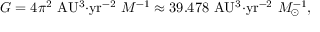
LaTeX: G = 4 \pi ^ { 2 } \mathrm { { \ A U ^ { 3 } { \cdot } y r ^ { - 2 } } } \ M ^ { - 1 } \approx 3 9 . 4 7 8 \mathrm { { \ A U ^ { 3 } { \cdot } y r ^ { - 2 } } } \ M _ { \odot } ^ { - 1 } ,